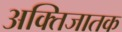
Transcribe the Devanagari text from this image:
अक्तिजातक